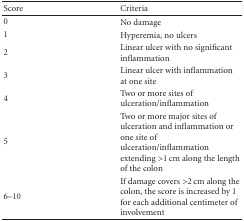
| Score | Criteria |
 | --- | --- |
 | 0 | No damage |
 | 1 | Hyperemia, no ulcers |
 | 2 | Linear ulcer with no significant inflammation |
 | 3 | Linear ulcer with inflammation at one site |
 | 4 | Two or more sites of ulceration/inflammation |
 | 5 | Two or more major sites of ulceration and inflammation or one site of ulceration/inflammation extending >1 cm along the length of the colon |
 | 6–10 | If damage covers >2 cm along the colon, the score is increased by 1 for each additional centimeter of involvement |